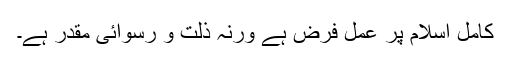
کامل اسلام پر عمل فرض ہے ورنہ ذلت و رسوائی مقدر ہے۔